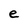
Character: e